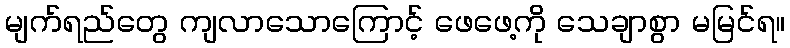
မျက်ရည်တွေ ကျလာသောကြောင့် ဖေဖေ့ကို သေချာစွာ မမြင်ရ။